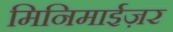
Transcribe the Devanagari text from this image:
मिनिमाईज़र